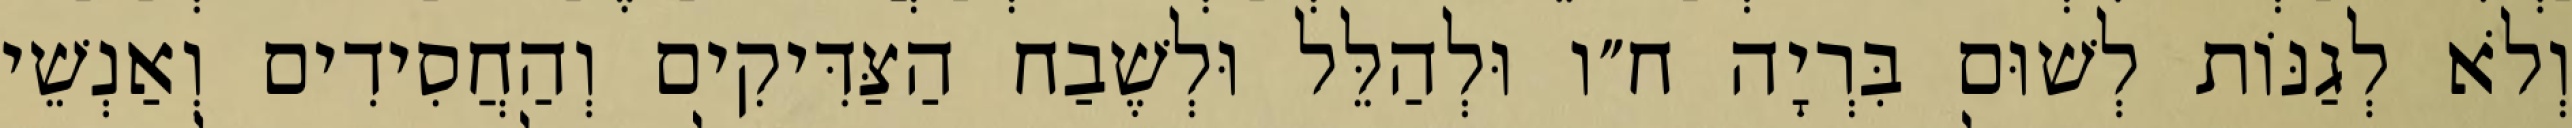
וְלֹא לְגַנּוֹת לְשׁוּם בִּרְיָה ח״ו וּלְהַלֵּל וּלְשֶׁבַח הַצַּדִּיקִים וְהַחֲסִידִים וְאַנְשֵׁי